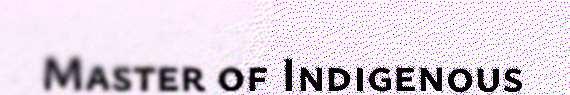
Master of Indigenous